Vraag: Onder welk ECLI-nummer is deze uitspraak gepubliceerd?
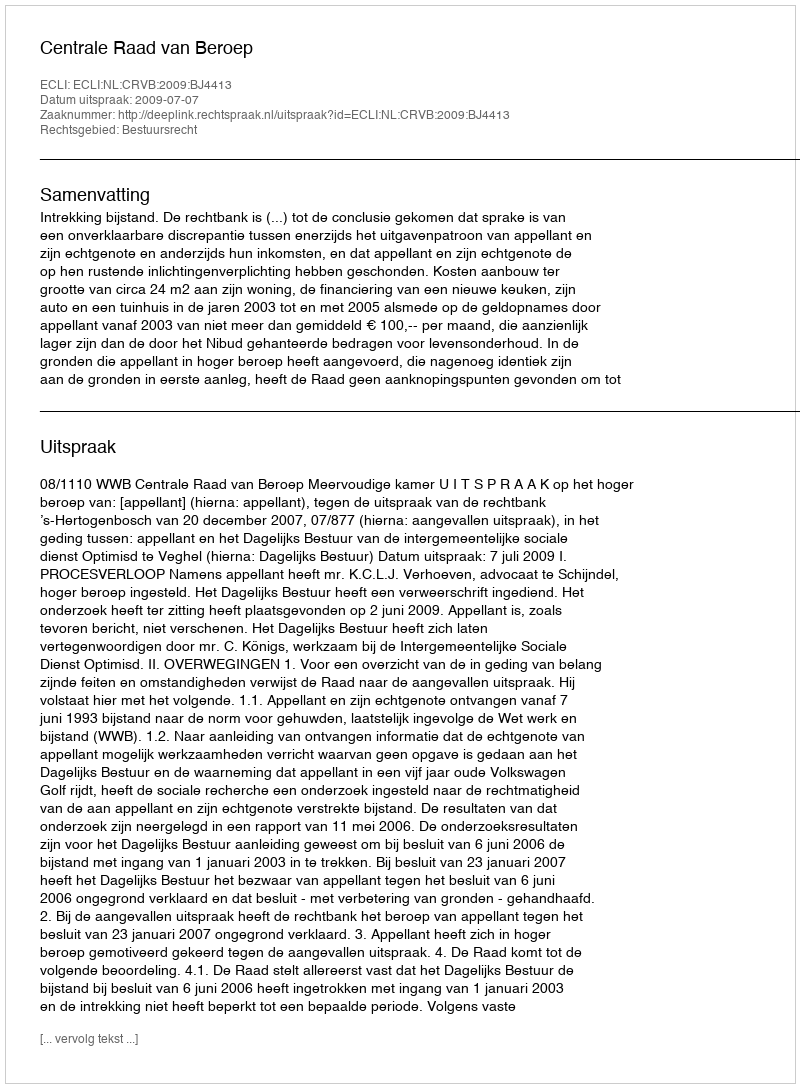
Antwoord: ECLI:NL:CRVB:2009:BJ4413